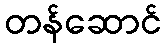
တန်ဆောင်